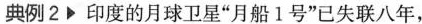
典例2 印度的月球卫星“月船1号”已失联八年，